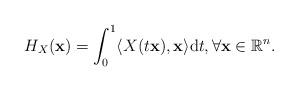
LaTeX: \begin{align*}H_{X}(\mathbf{x})=\int_{0}^{1}\langle X(t\mathbf{x}),\mathbf{x}\rangle \mathrm{d}t, \forall\mathbf{x}\in\mathbb{R}^n.\end{align*}